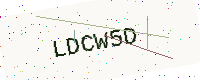
Text: LDCW5D